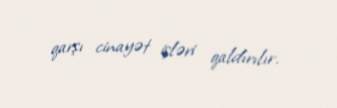
qarşı cinayət işləri qaldırılır.